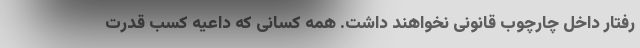
رفتار داخل چارچوب قانونی نخواهند داشت. همه کسانی که داعیه کسب قدرت